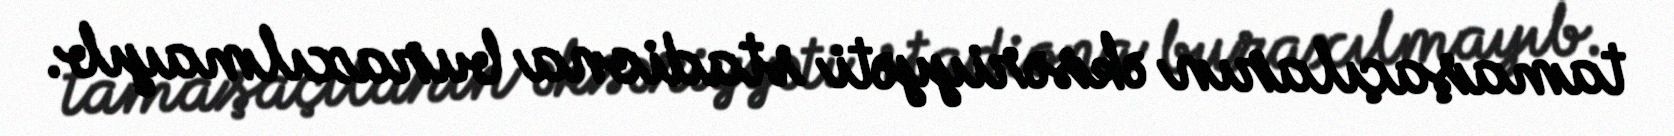
tamaşaçıların əksəriyyəti stadiona buraxılmayıb.